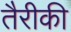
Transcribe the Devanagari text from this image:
तैरीकी